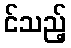
င်သည့်